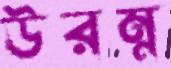
উরম্ন